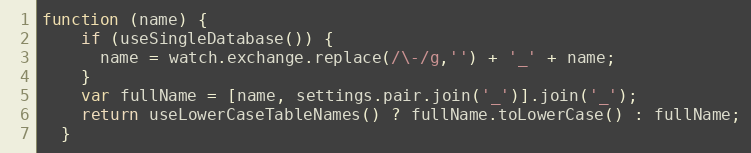
Language: JavaScript
function (name) {
    if (useSingleDatabase()) {
      name = watch.exchange.replace(/\-/g,'') + '_' + name;
    }
    var fullName = [name, settings.pair.join('_')].join('_');
    return useLowerCaseTableNames() ? fullName.toLowerCase() : fullName;
  }